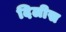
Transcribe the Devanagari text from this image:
दिलीस